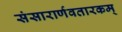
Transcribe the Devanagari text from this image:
संसारार्णवतारकम्